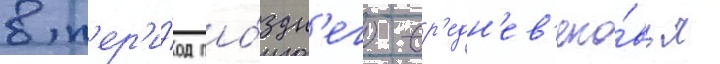
в п'ер'и́од по́здн'его ср'едн'ев'еко́вья